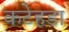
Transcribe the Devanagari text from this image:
कटेहडा